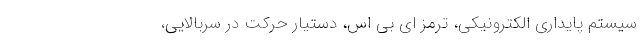
سیستم پایداری الکترونیکی، ترمز ای بی اس، دستیار حرکت در سربالایی،